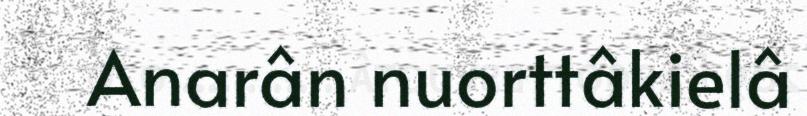
Anarân nuorttâkielâ